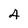
Character: 4